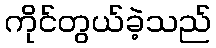
ကိုင်တွယ်ခဲ့သည်